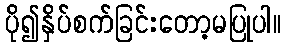
ပို၍နှိပ်စက်ခြင်းတော့မပြုပါ။